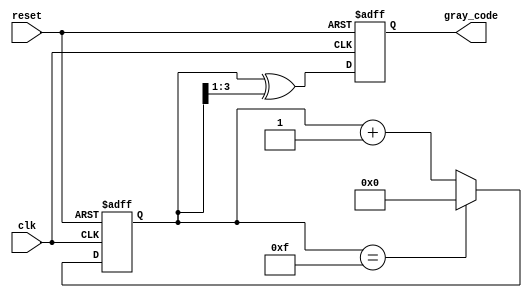
module gray_code_counter #(
    parameter n = 4 // Configurable bit width
)(
    input wire clk,       // Clock signal
    input wire reset,     // Active low reset signal
    output reg [n-1:0] gray_code // Current count in Gray code format
);

    reg [n-1:0] binary_count; // Internal register to hold the current binary count

    // Binary to Gray code conversion
    function [n-1:0] binary_to_gray;
        input [n-1:0] binary;
        begin
            binary_to_gray = binary ^ (binary >> 1);
        end
    endfunction

    // Sequential logic for counter
    always @(posedge clk or negedge reset) begin
        if (!reset) begin
            // Reset condition
            binary_count <= 0; // Reset binary count to 0
            gray_code <= 0;     // Reset Gray code output to 0
        end else begin
            // Increment binary count
            if (binary_count == (1 << n) - 1) begin
                binary_count <= 0; // Wrap around to 0
            end else begin
                binary_count <= binary_count + 1; // Increment binary count
            end
            // Convert binary count to Gray code
            gray_code <= binary_to_gray(binary_count);
        end
    end

endmodule